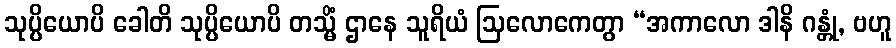
သုပ္ပိယောပိ ခေါတိ သုပ္ပိယောပိ တသ္မိံ ဌာနေ သူရိယံ ဩလောကေတွာ “အကာလော ဒါနိ ဂန္တုံ, ဗဟူ